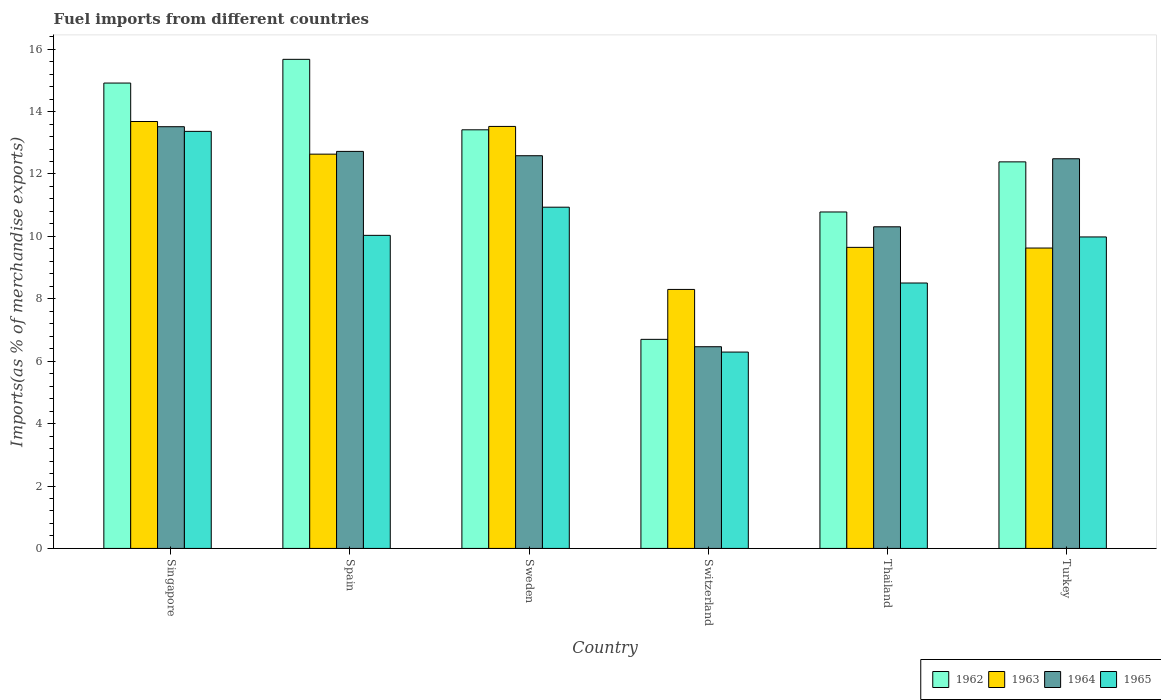
| Country | 1962 | 1963 | 1964 | 1965 |
 | --- | --- | --- | --- | --- |
 | Singapore | 14.9 | 13.7 | 13.5 | 13.4 |
 | Spain | 15.7 | 12.6 | 12.7 | 10 |
 | Sweden | 13.4 | 13.5 | 12.6 | 10.9 |
 | Switzerland | 6.7 | 8.3 | 6.46 | 6.29 |
 | Thailand | 10.8 | 9.65 | 10.3 | 8.51 |
 | Turkey | 12.4 | 9.63 | 12.5 | 9.98 |